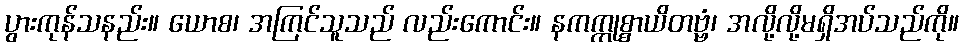
ပွားကုန်သနည်း။ ယောစ၊ အကြင်သူသည် လည်းကောင်း။ နကက္ကုစ္စာယိတဗ္ဗံ၊ အလို့လို့မရှိအပ်သည်ကို။